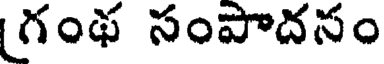
గంథ సంపాదసం